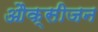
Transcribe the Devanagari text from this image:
औक्सीजन